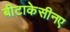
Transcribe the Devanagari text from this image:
बीटाकेसीनए